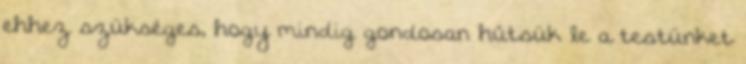
ehhez szükséges, hogy mindig gondosan hűtsük le a testünket